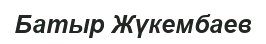
Батыр Жүкембаев